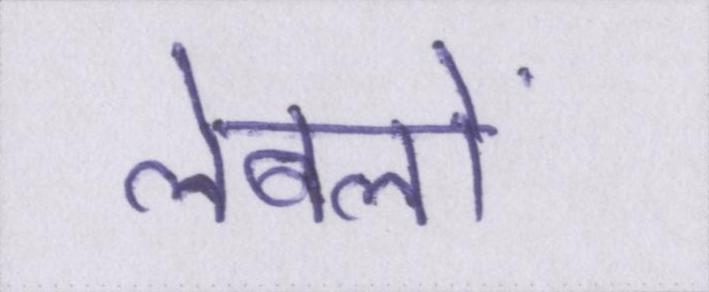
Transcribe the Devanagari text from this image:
लेबलों